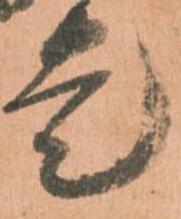
走